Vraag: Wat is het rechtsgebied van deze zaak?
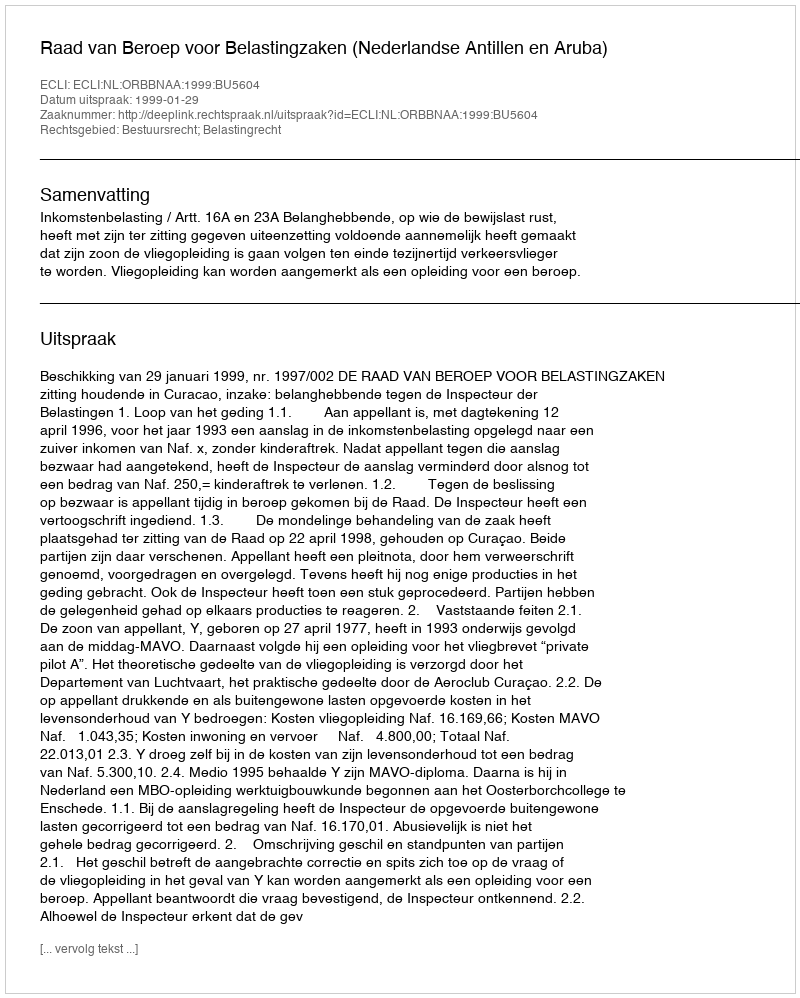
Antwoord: Bestuursrecht; Belastingrecht